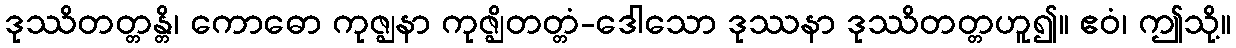
ဒုဿိတတ္တန္တိ၊ ကောဓော ကုဇ္ဈနာ ကုဇ္ဈိတတ္တံ-ဒေါသော ဒုဿနာ ဒုဿိတတ္တဟူ၍။ ဧဝံ၊ ဤသို့။